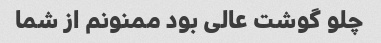
چلو گوشت عالی بود ممنونم از شما